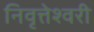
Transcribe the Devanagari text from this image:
निवृत्तेश्वरी